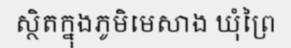
ស្ថិតក្នុងភូមិមេសាង ឃុំព្រៃ